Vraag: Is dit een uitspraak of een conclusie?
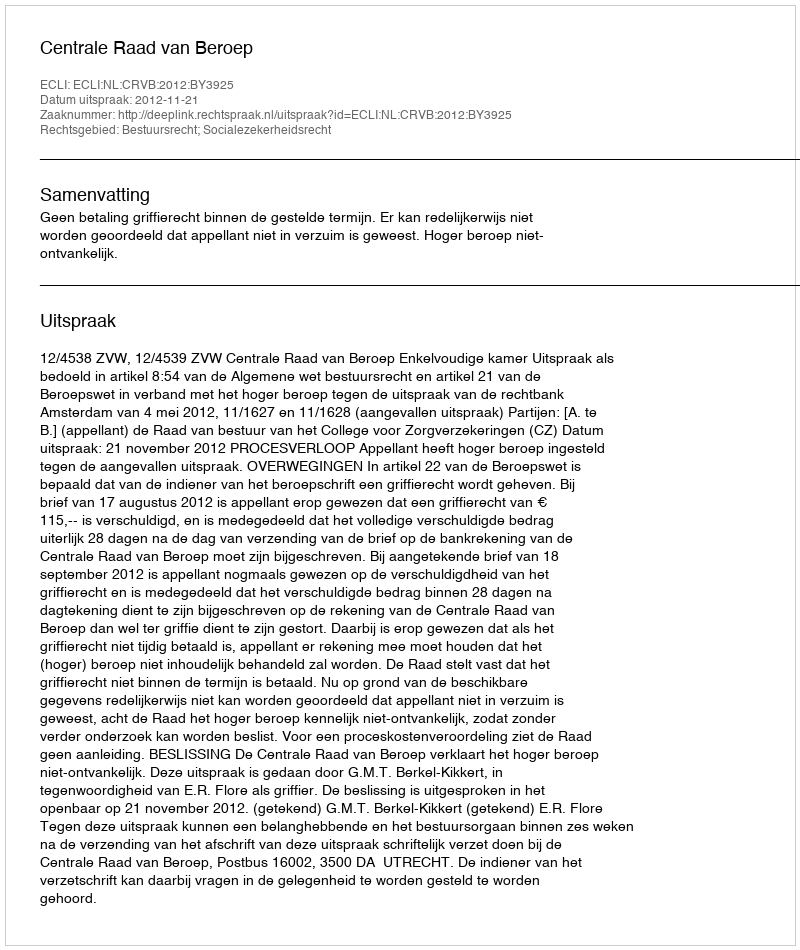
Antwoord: Uitspraak